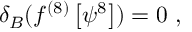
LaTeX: \delta _ { B } ( f ^ { ( 8 ) } \left[ \psi ^ { 8 } \right] ) = 0 ~ ,